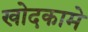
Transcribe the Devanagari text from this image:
खोदकामे